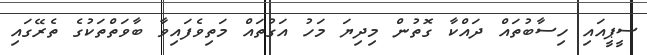
ސީޕީއައި ހިސާބުތައް ދައްކާ ގޮތުން މިދިޔަ މަހު އަގުތައް މަތިވެފައިވާ ބާވަތްތަކުގެ ތެރޭގައި